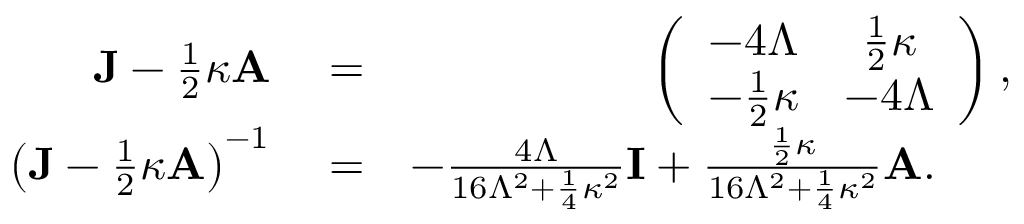
\begin{array} { r l r } { { \bf J } - \frac { 1 } { 2 } \kappa { \bf A } } & { { } = } & { \left( \begin{array} { c c } { - 4 \Lambda } & { \frac { 1 } { 2 } \kappa } \\ { - \frac { 1 } { 2 } \kappa } & { - 4 \Lambda } \end{array} \right) , } \\ { \big ( { \bf J } - \frac { 1 } { 2 } \kappa { \bf A } \big ) ^ { - 1 } } & { { } = } & { - \frac { 4 \Lambda } { 1 6 \Lambda ^ { 2 } + \frac { 1 } { 4 } \kappa ^ { 2 } } { \bf I } + \frac { \frac { 1 } { 2 } \kappa } { 1 6 \Lambda ^ { 2 } + \frac { 1 } { 4 } \kappa ^ { 2 } } { \bf A } . \ \ \ \ \ } \end{array}